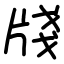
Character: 牋